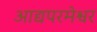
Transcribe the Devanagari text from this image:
आद्यपरमेश्वर